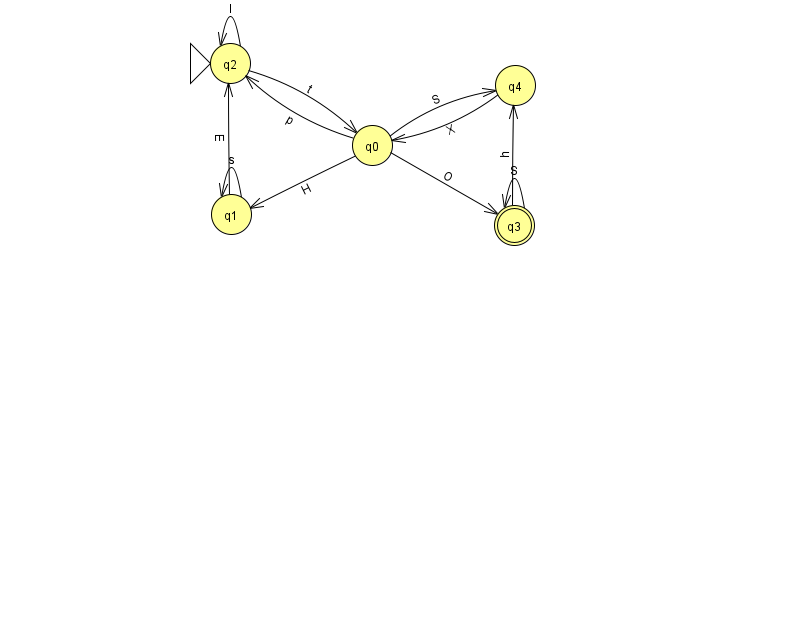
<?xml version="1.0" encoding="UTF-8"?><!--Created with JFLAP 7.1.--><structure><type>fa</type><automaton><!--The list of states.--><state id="0" name="q0"><x>372.0</x><y>132.0</y></state><state id="1" name="q1"><x>231.0</x><y>201.0</y></state><state id="2" name="q2"><x>230.0</x><y>50.0</y><initial/></state><state id="3" name="q3"><x>514.0</x><y>212.0</y><final/></state><state id="4" name="q4"><x>515.0</x><y>72.0</y></state><!--The list of transitions.--><transition><from>4</from><to>0</to><read>X</read></transition><transition><from>1</from><to>1</to><read>s</read></transition><transition><from>2</from><to>0</to><read>t</read></transition><transition><from>3</from><to>3</to><read>S</read></transition><transition><from>0</from><to>2</to><read>p</read></transition><transition><from>0</from><to>3</to><read>O</read></transition><transition><from>1</from><to>2</to><read>E</read></transition><transition><from>3</from><to>4</to><read>h</read></transition><transition><from>0</from><to>4</to><read>S</read></transition><transition><from>2</from><to>2</to><read>l</read></transition><transition><from>0</from><to>1</to><read>H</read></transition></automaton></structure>